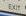
exit